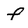
Character: f